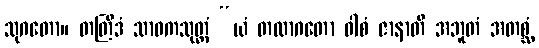
သုဂတော။ တတြိဒံ သာဓကသုတ္တံ “ယံ တထာဂတော ဝါစံ ဇာနာတိ အဘူတံ အတစ္ဆံ